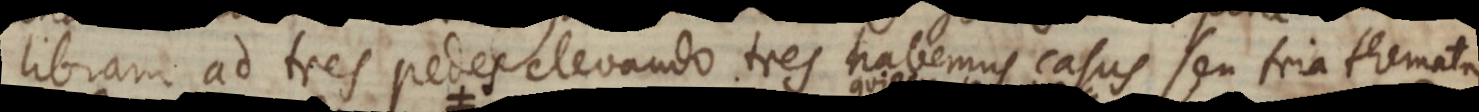
libram ad tres pedes elevando tres habemus casus seu tria themata